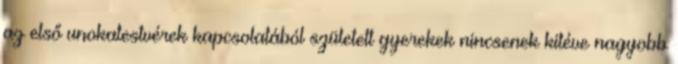
az első unokatestvérek kapcsolatából született gyerekek nincsenek kitéve nagyobb